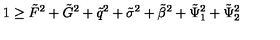
1 \geq \tilde { F } ^ { 2 } + \tilde { G } ^ { 2 } + \tilde { q } ^ { 2 } + \tilde { \sigma } ^ { 2 } + \tilde { \beta } ^ { 2 } + \tilde { \Psi } _ { 1 } ^ { 2 } + \tilde { \Psi } _ { 2 } ^ { 2 }